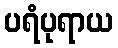
ပရံပုရာယ